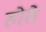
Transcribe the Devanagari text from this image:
होते